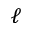
\ell